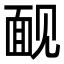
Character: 䩄